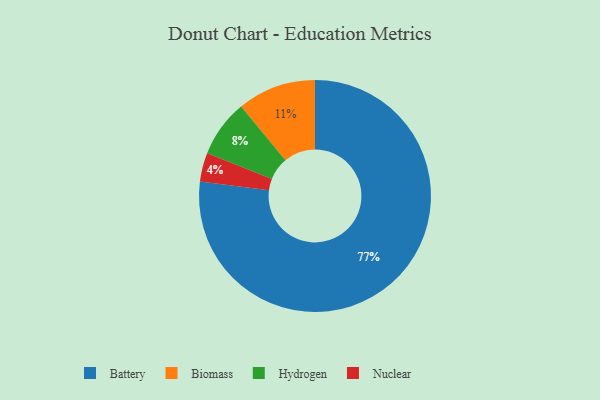
{"axis": {"x": "Category", "y": "Percentage"}, "legend": ["Battery", "Biomass", "Hydrogen", "Nuclear"], "data": [{"x": "Nuclear", "y": 4, "type": "Nuclear"}, {"x": "Biomass", "y": 11, "type": "Biomass"}, {"x": "Battery", "y": 77, "type": "Battery"}, {"x": "Hydrogen", "y": 8, "type": "Hydrogen"}]}